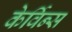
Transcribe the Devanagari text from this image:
केर्विन्स